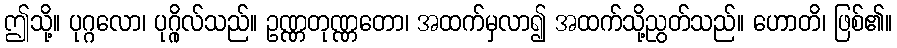
ဤသို့။ ပုဂ္ဂလော၊ ပုဂ္ဂိုလ်သည်။ ဥဏ္ဏတုဏ္ဏတော၊ အထက်မှလာ၍ အထက်သို့ညွတ်သည်။ ဟောတိ၊ ဖြစ်၏။